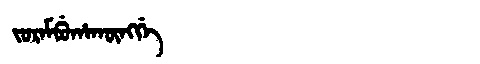
Manchu: ᠵᡠᡵᠠᠮᠪᡠᡥᠠᡴᡡᠩᡤᡝ
Romanization: JURAMBUHAKŪNGGE